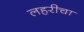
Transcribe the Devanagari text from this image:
लहरीचा